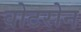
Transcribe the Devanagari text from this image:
वोटरोन